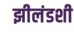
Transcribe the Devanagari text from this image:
झीलंडशी